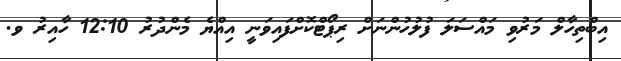
އިބްތިހާލް މަރުވި މައްސަލަ ފުލުހުންނަށް ރިޕޯޓްކޮށްފައިވަނީ އިއްޔެ މެންދުރު 12:10 ހާއިރު ވ.